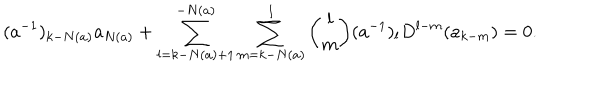
( a ^ { - 1 } ) _ { k - N ( a ) } a _ { N ( a ) } + \sum _ { l = k - N ( a ) + 1 } ^ { - N ( a ) } \sum _ { m = k - N ( a ) } ^ { l } { \binom { l } { m } } ( a ^ { - 1 } ) _ { l } D ^ { l - m } ( a _ { k - m } ) = 0 .